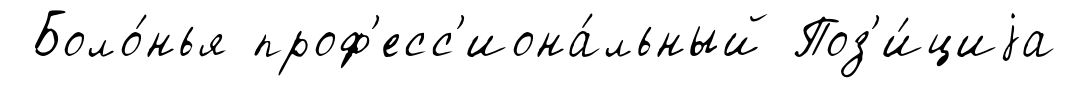
Боло́нья проф'есс'иона́льный Поз'и́циjа